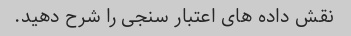
نقش داده های اعتبار سنجی را شرح دهید.